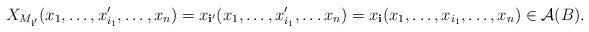
LaTeX: \begin{align*}X_{M_{\mathbf i'}}(x_1, \dots,x_{i_1}',\dots, x_n) = x_{\mathbf i'}(x_1, \dots,x_{i_1}',\dots x_n) = x_\mathbf i(x_1, \dots, x_{i_1}, \dots, x_n)\in \mathcal A(B).\end{align*}